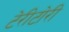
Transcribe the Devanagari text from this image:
टेरीटोरी